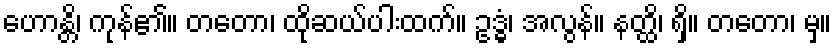
ဟောန္တိ၊ ကုန်၏။ တတော၊ ထိုဆယ်ပါးထက်။ ဥဒ္ဓံ၊ အလွန်။ နတ္ထိ၊ ရှိ။ တတော၊ မှ။